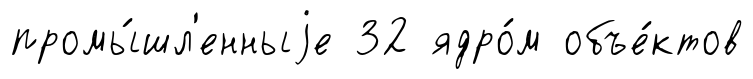
промы́шл'енныjе 32 ядро́м объе́ктов